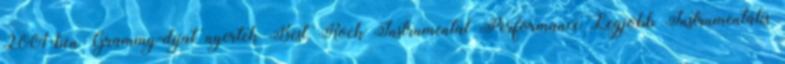
2001-ben Grammy-díjat nyertek Best Rock Instrumental Performance Legjobb Instrumentális